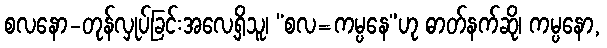
စလနော-တုန်လှုပ်ခြင်းအလေ့ရှိသူ၊ “စလ=ကမ္ပနေ”ဟု ဓာတ်နက်ဆို၊ ကမ္ပနော,